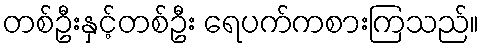
တစ်ဦးနှင့်တစ်ဦး ရေပက်ကစားကြသည်။